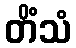
တိံသံ